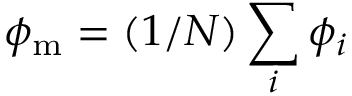
\phi _ { \mathrm { m } } = ( 1 / N ) \sum _ { i } \phi _ { i }